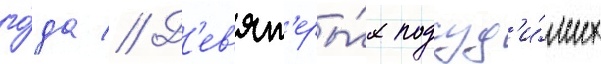
го́да // Д'ев'ят'еры́х подсуд'и́мых